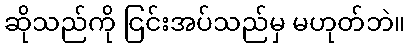
ဆိုသည်ကို ငြင်းအပ်သည်မှ မဟုတ်ဘဲ။